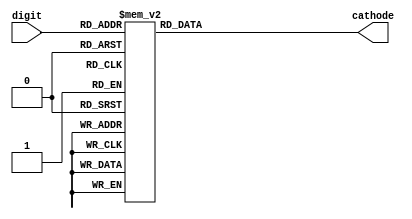
`timescale 1ns / 1ps

module BCD_to_Cathodez( input [3:0]digit,
output reg [7:0] cathode = 0);
//input peaker, input switcherer,
always @ (digit)
begin
//    if (switcherer == 1)begin
    case(digit)
    0: cathode = 8'b1100_0000;
    1: cathode = 8'b11111001;
    2: cathode = 8'b10100100;
    3: cathode = 8'b10110000;
    4: cathode = 8'b10011001;
    5: cathode = 8'b10010010;
    6: cathode = 8'b10000010;
    7: cathode = 8'b11111000;
    8: cathode = 8'b10000000;
    9: cathode = 8'b10010000;
    10: cathode = 8'b10000000;
    11: cathode = 8'b1010_0001;
    default: cathode = 8'b0000_0000;
    endcase //end
    
//    else 
//        if(peaker >=0 && peaker <= 2090) begin  cathode = 8'b11111001; end // 0-40
//        else if(peaker >=2091 && peaker <= 2600) begin cathode = 8'b10100100; end // 40-50
//        else if(peaker >=2601 && peaker <= 3110) begin cathode = 8'b10110000; end // 50-60
//        else if(peaker >=3111 && peaker <= 3620) begin cathode = 8'b10011001; end //60-70
//        else if(peaker >=3621&& peaker <= 4000) begin cathode = 8'b10010010; end //70-80
//        else begin end
end
endmodule